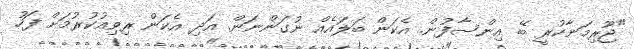
"ޖޫރިމަނާކުރީ ބޭ އިންސާފުން. އެކަން ބަލައެއް ނުގަންނަން. އަދި އެކަން ރިވިއުކުރުމަށް ފަހު